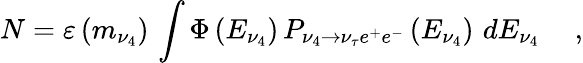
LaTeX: N=\varepsilon\left({m_{\nu_{4}}}\right)\, \int{\Phi\left({E_{\nu_{4}}}\right)}\, P_{\nu_{4}\to\nu_{\tau}e^{+}e^{-}}\left({E_{\nu_{4}}}\right)\, \, dE_{\nu_{4}}\quad\ ,